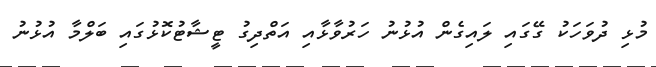
މުޅި ދުވަހަކު ގޭގައި ލައިގެން އުޅުނު ހަރުވާޅާއި އަތްދިގު ޓީޝާޓުކޮޅުގައި ބަލްމާ އުޅުނު